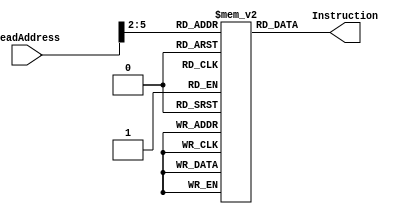
module InstructionMemory(ReadAddress,Instruction);
	input[31:0] ReadAddress;
	output reg [31:0] Instruction;
	
	//integer i;  
    reg [31:0] rom [15:0];
    wire [3:0] romAddress = ReadAddress[5:2];  
      initial begin  
           //for(i=0;i<64;i=i+1)  //we have to assign instruction values here
           //     rom[i] <=0;
		rom[0]=32'h0;
		rom[1]=32'hA0210000;
		rom[2]=32'hA0420001;
		rom[3]=32'hA0630000;
		rom[4]=32'hA0840014;
		rom[5]=32'h222820;
		rom[6]=32'hA0410000;
		rom[7]=32'hA0A20000;
		rom[8]=32'hA0630002;
		rom[9]=32'h10640001;
		rom[10]=32'h98000005;
		rom[11]=32'hAC850005;
		rom[12]=32'h85302A;
		rom[13]=32'b00000000000000000000000000000000;
		rom[14]=32'b00000000000000000000000000000000;
		rom[15]=32'b00000000000000000000000000000000;
		  
      end 
	
	always@(*)
		Instruction<=rom[romAddress];
				
endmodule